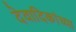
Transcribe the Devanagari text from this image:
देवादिकांच्या